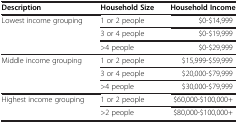
<table><thead><tr><td><b>Description</b></td><td><b>Household Size</b></td><td><b>Household Income</b></td></tr></thead><tbody><tr><td rowspan="3">Lowest income grouping</td><td>1 or 2 people</td><td>$0-$14,999</td></tr><tr><td>3 or 4 people</td><td>$0-$19,999</td></tr><tr><td>&gt;4 people</td><td>$0-$29,999</td></tr><tr><td rowspan="3">Middle income grouping</td><td>1 or 2 people</td><td>$15,999-$59,999</td></tr><tr><td>3 or 4 people</td><td>$20,000-$79,999</td></tr><tr><td>&gt;4 people</td><td>$30,000-$79,999</td></tr><tr><td rowspan="2">Highest income grouping</td><td>1 or 2 people</td><td>$60,000-$100,000+</td></tr><tr><td>&gt;2 people</td><td>$80,000-$100,000+</td></tr></tbody></table>